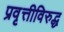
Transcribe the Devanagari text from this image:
प्रवृत्तीविरुद्ध